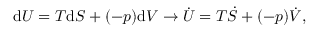
\mathrm { d } U = T \mathrm { d } S + ( - p ) \mathrm { d } V \rightarrow \dot { U } = T \dot { S } + ( - p ) \dot { V } ,